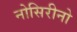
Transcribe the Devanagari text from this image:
नोसिरीनो